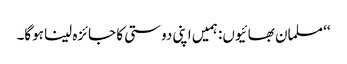
‘‘ مسلمان بھائیوں: ہمیں اپنی دوستی کا جائزہ لینا ہوگا۔